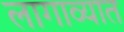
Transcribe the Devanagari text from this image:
लागाव्यात